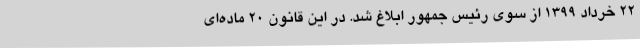
22 خرداد 1399 از سوی رئیس جمهور ابلاغ شد. در این قانونِ ۲۰ ماده‌ای